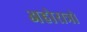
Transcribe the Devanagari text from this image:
अहोरात्रो